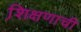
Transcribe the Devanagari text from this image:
शि़क्षणाची